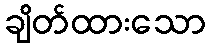
ချိတ်ထားသော